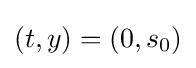
(t,y)=(0,s_{0})